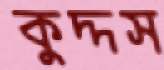
কুদ্দস